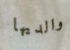
والديها